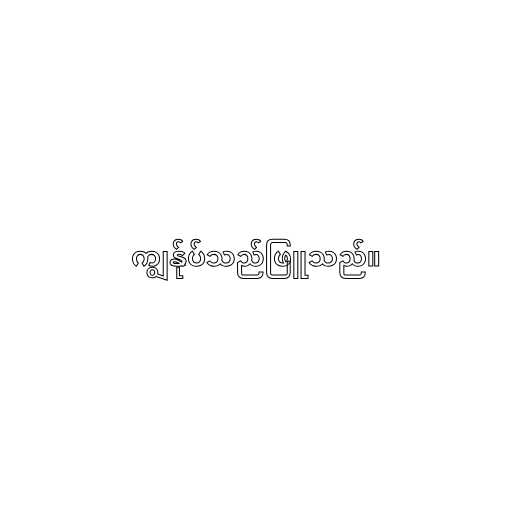
ကျွန်ုပ်သည်ဖြူသည်။